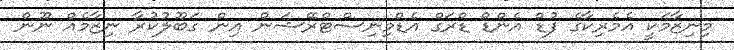
މިނިޒާމަކީ އެމެރިކާގެ ފުޑް އެންޑް ޑްރަގް އެޑްމިނިސްޓްރޭޝަން އިން ގަބޫލުކުރާ ނިޒާމެއް ނޫން